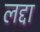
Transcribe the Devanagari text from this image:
लद्दा